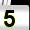
Digit: 5